Document type: Sale
Year: 1235
Scribe: Pere de Bages
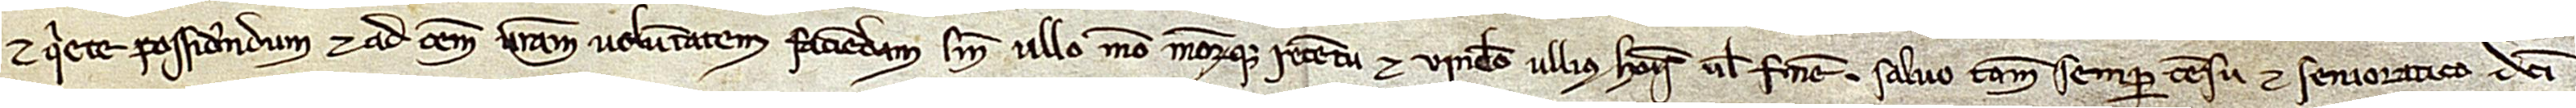
et quiete possidendum, et ad omnem vestram voluntatem faciendam, sine ullo meo meorumque retentu et vinculo ullius hominis vel finem. Salvo tamen semper censu et senioratico dicti